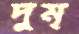
দুম্